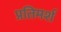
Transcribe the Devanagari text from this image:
प्रतिमर्श